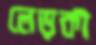
লেড়কী